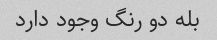
بله دو رنگ وجود دارد